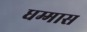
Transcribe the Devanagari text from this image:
धम्मास